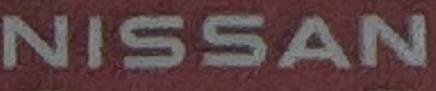
NISSAN